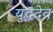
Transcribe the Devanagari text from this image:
युद्धदेव